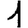
Digit: 1